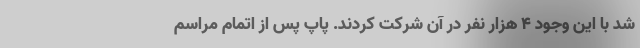
شد با این وجود ۴ هزار نفر در آن شرکت کردند. پاپ پس از اتمام مراسم